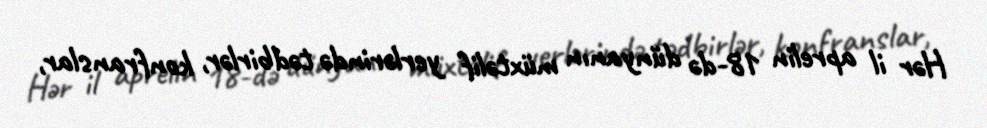
Hər il aprelin 18-də dünyanın müxtəlif yerlərində tədbirlər, konfranslar,